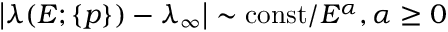
\left| \lambda ( E ; \{ p \} ) - \lambda _ { \infty } \right| \sim \mathrm { c o n s t } / E ^ { \alpha } , \alpha \ge 0